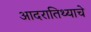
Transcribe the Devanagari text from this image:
आदरातिथ्याचे